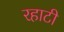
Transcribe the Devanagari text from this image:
रहाटी